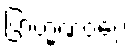
ဗြာဟ္မဏဝဂ္ဂေ